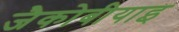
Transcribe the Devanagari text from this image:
जैकोबीयाइ